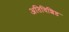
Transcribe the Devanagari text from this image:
अतिविशिष्ठ